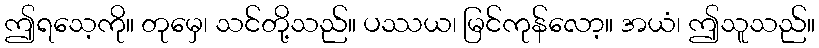
ဤရသေ့ကို။ တုမှေ၊ သင်တို့သည်။ ပဿယ၊ မြင်ကုန်လော့။ အယံ၊ ဤသူသည်။